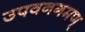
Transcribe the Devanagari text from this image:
उपवनगमण्